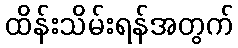
ထိန်းသိမ်းရန်အတွက်